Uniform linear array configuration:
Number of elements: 8
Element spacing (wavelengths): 0.5
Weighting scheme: exponential
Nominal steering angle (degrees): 30
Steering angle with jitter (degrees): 29.639
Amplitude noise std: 0.05
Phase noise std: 0.05

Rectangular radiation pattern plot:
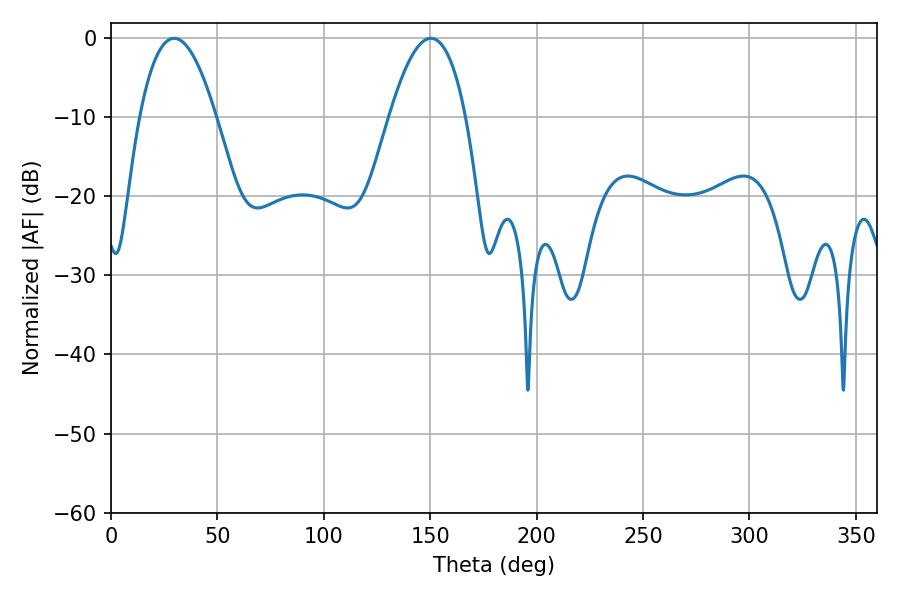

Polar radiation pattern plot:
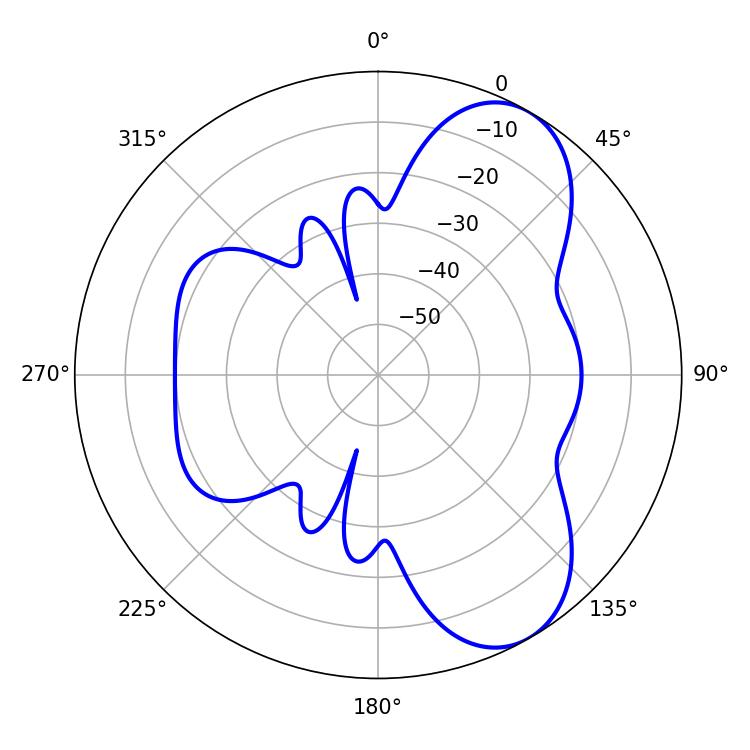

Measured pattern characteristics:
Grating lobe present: FALSE
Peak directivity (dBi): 7.38
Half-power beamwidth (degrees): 19.8
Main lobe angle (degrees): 29.7